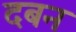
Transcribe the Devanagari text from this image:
दबन